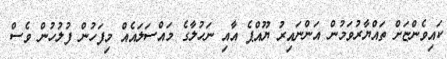
ކައިވެންޏަށް ތައްޔާރުވަމުން އަންނައިރު ޔޫއްޕެ އާއި ނަހުލާގެ މައްސަލައެއް މިފަހުން ފުލުހުން ވެސް